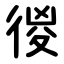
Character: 㣭